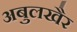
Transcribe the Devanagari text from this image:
अबुलखैर